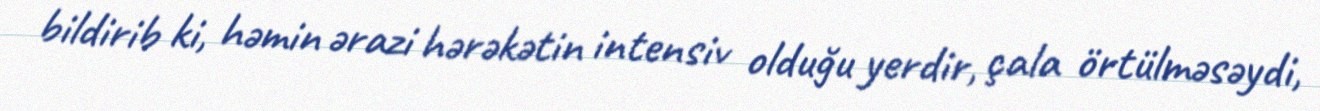
bildirib ki, həmin ərazi hərəkətin intensiv olduğu yerdir, çala örtülməsəydi,